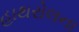
હાથરોલના